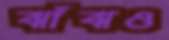
ঝাঁঝও